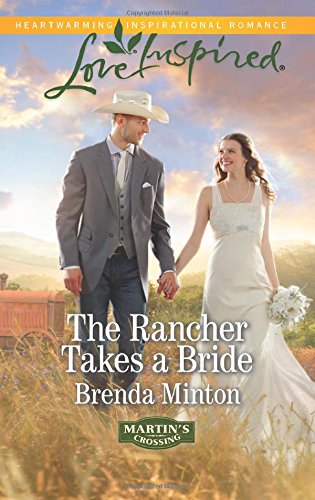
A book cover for The Rancher Takes a Bride (Martin's Crossing); Brenda Minton; Christian Books & Bibles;